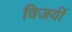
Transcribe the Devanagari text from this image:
विजयीं